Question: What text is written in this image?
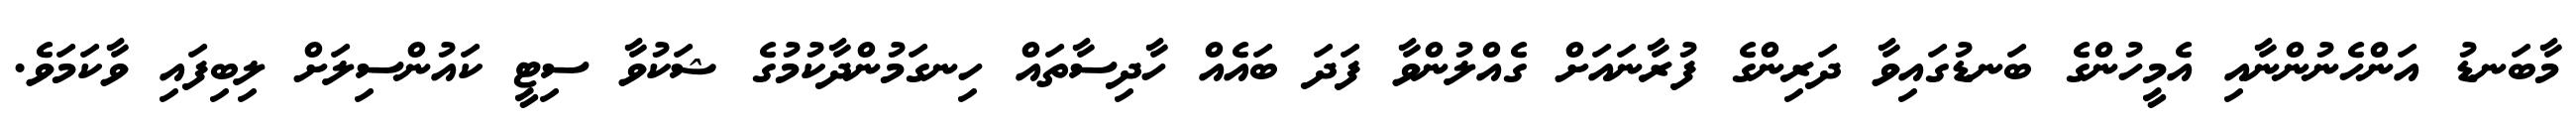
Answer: މާބަނޑު އަންހެނުންނާއި އެމީހުންގެ ބަނޑުގައިވާ ދަރިންގެ ފުރާނައަށް ގެއްލުންވާ ފަދަ ބައެއް ހާދިސާތައް ހިނގަމުންދާކުމުގެ ޝަކުވާ ސިޓީ ކައުންސިލަށް ލިބިފައި ވާކަމަވެ.